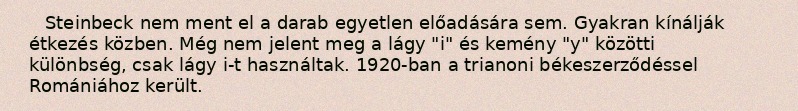
Steinbeck nem ment el a darab egyetlen előadására sem. Gyakran kínálják étkezés közben. Még nem jelent meg a lágy "i" és kemény "y" közötti különbség, csak lágy i-t használtak. 1920-ban a trianoni békeszerződéssel Romániához került.